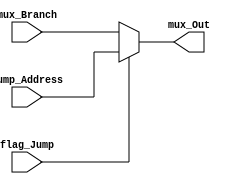
module Mux_Jump (jump_Address, mux_Branch, flag_Jump, mux_Out);

	input [31:0] jump_Address, mux_Branch;
	input flag_Jump;
	output reg [31:0] mux_Out;
	
	always@(*)
	begin
		if (flag_Jump)
			mux_Out = jump_Address;
		else
			mux_Out = mux_Branch;
	end
	
endmodule